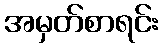
အမှတ်စာရင်း